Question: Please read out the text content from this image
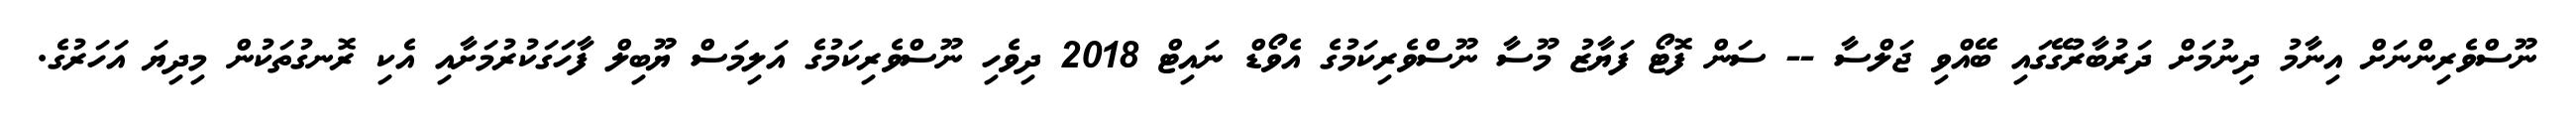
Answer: ނޫސްވެރިންނަށް އިނާމު ދިނުމަށް ދަރުބާރުގޭގައި ބޭއްވި ޖަލްސާ -- ސަން ފޮޓޯ ފަޔާޒު މޫސާ ނޫސްވެރިކަމުގެ އެވޯޑް ނައިޓް 2018 ދިވެހި ނޫސްވެރިކަމުގެ އަލިމަސް ޔޫބިލް ފާހަގަކުރުމަށާއި އެކި ރޮނގުތަކުން މިދިޔަ އަހަރުގެ.